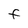
Character: F